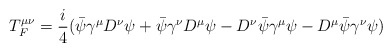
\begin{align*}T^{\mu\nu}_F=\frac{i}{4}(\bar\psi\gamma^\mu D^\nu\psi+\bar\psi\gamma^\nu D^\mu\psi-D^\nu\bar\psi\gamma^\mu\psi-D^\mu\bar\psi\gamma^\nu\psi)\end{align*}